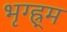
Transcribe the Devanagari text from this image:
भृग्ह्र्म